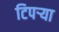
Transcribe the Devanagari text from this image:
टिपर्‍या